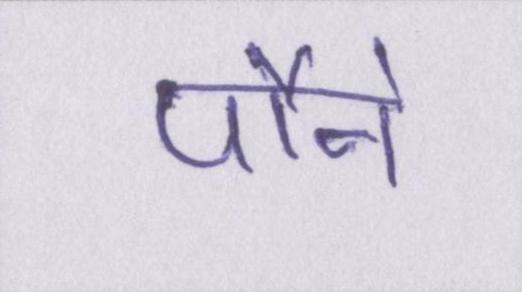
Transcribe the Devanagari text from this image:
पौने